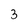
Character: 3